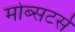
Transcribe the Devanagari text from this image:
मोब्सटर्स